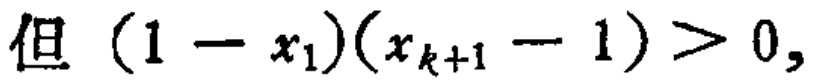
但 \((1 - x_1)(x_{k + 1} - 1) > 0,\)